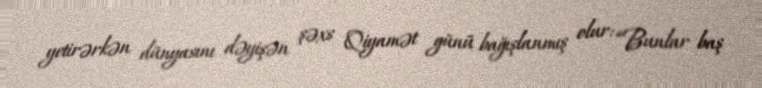
yetirərkən dünyasını dəyişən şəxs Qiyamət günü bağışlanmış olur: “Bunlar baş